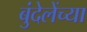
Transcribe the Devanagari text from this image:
बुंदेलेंच्या